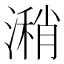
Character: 潲